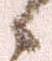
候